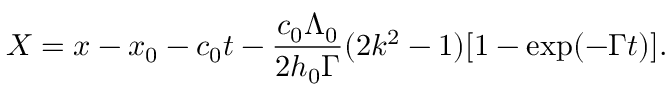
X = x - x _ { 0 } - c _ { 0 } t - \frac { c _ { 0 } \Lambda _ { 0 } } { 2 h _ { 0 } \Gamma } ( 2 k ^ { 2 } - 1 ) [ 1 - \exp ( - \Gamma t ) ] .